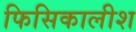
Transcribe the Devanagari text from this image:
फिसिकालीश